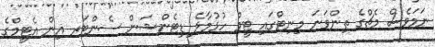
ނަމަވެސް މެޗްގެ ތިންވަނަ މިނިޓްގައި ޓީމް ހުޅުމާލެ ޑިޓެންޝަން ސެންޓަރ އިން އެޓީމްގެ